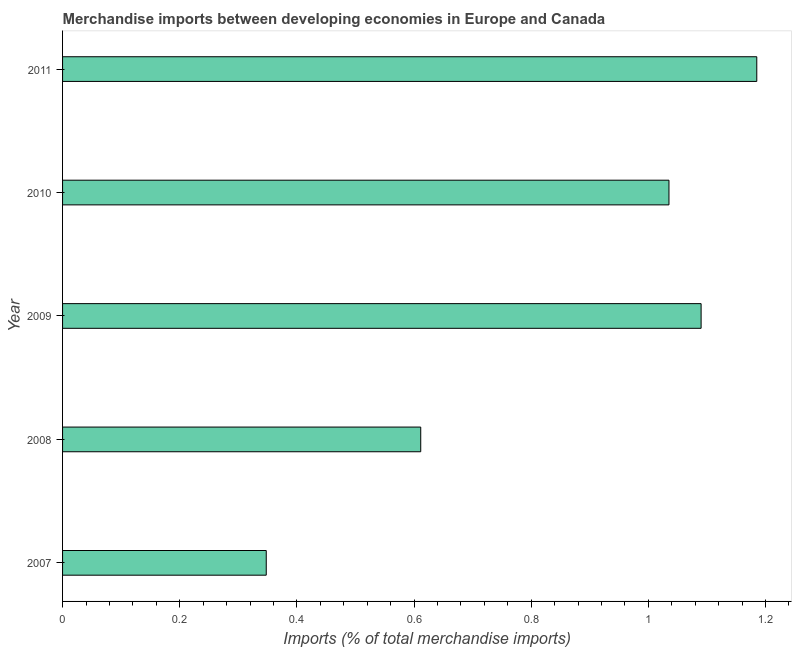
| Year | Merchandise imports |
 | --- | --- |
 | 2007 | 0.348 |
 | 2008 | 0.611 |
 | 2009 | 1.09 |
 | 2010 | 1.04 |
 | 2011 | 1.19 |